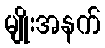
မျိုးအနက်